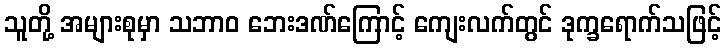
သူတို့ အများစုမှာ သဘာဝ ဘေးဒဏ်ကြောင့် ကျေးလက်တွင် ဒုက္ခရောက်သဖြင့်